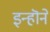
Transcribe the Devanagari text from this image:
इन्हॊने